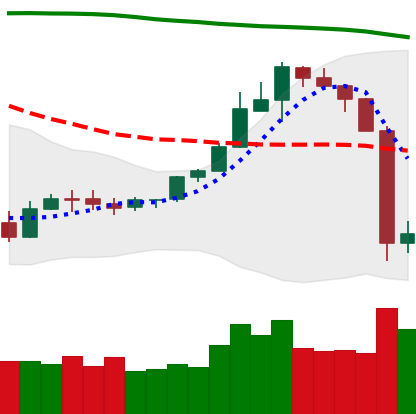
Ticker: ETH-USD
Chart end date: 2019-09-25
Forward return: 5.254%
Label: up_5_7